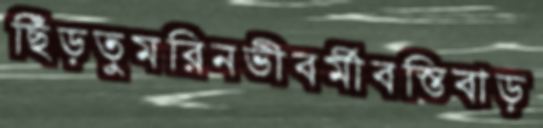
ছিঁড়তুমরিনভীবর্মীবস্তিবাড়